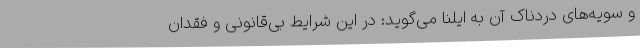
و سویه‌های دردناک آن به ایلنا می‌گوید: در این شرایطِ بی‌قانونی و فقدان